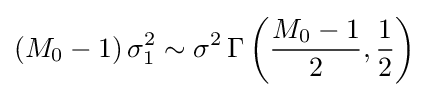
(M_{0}-1)\,\sigma _{1}^{2}\sim \sigma ^{2}\,\Gamma \left({\frac {M_{0}-1}{2}},{\frac {1}{2}}\right)